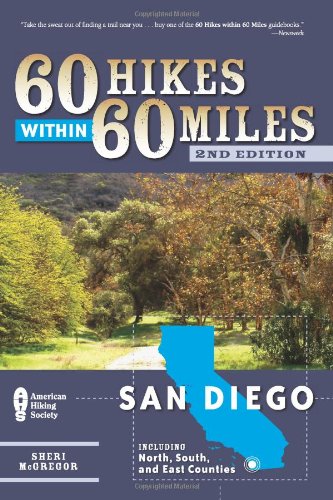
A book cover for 60 Hikes Within 60 Miles: San Diego: Including North, South and East Counties; Sheri McGregor; Sports & Outdoors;